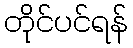
တိုင်ပင်ရန်